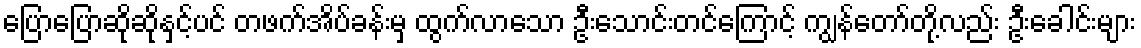
ပြောပြောဆိုဆိုနှင့်ပင် တဖက်အိပ်ခန်းမှ ထွက်လာသော ဦးသောင်းတင်ကြောင့် ကျွန်တော်တို့လည်း ဦးခေါင်းများ